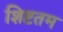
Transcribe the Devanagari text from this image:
शिष्टतम